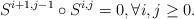
LaTeX: \begin{align*}S^{i+1, j-1}\circ S^{i, j}=0, \forall i, j \geq 0. \end{align*}